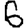
Digit: 6